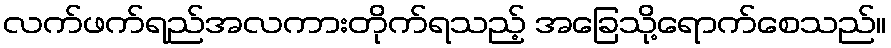
လက်ဖက်ရည်အလကားတိုက်ရသည့် အခြေသို့ရောက်စေသည်။